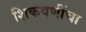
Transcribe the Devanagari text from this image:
शिकवणींचा